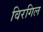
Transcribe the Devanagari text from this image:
विरगिल